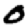
Digit: 0